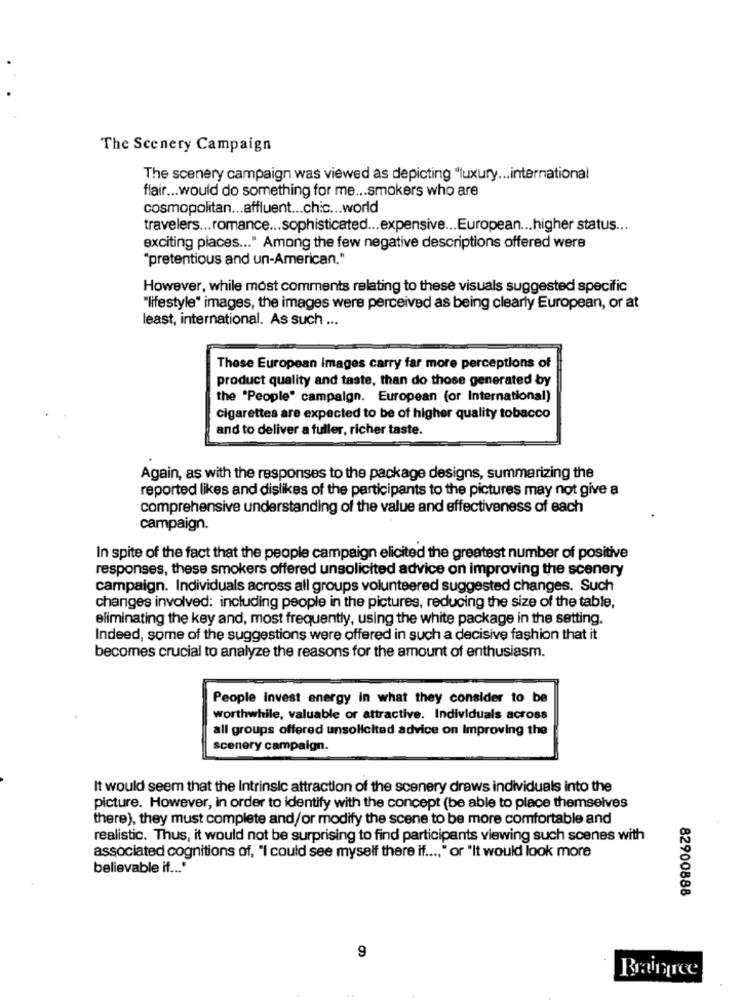
The Scenery Campaign
The scenery campaign was viewed as depicting "luxury ... international
flair ... would do something for me ... smokers who are
cosmopolitan ... affluent ... chic ... world
travelers ... romance ... sophisticated ... expensive ... European ... higher status ...
exciting places ... " Among the few negative descriptions offered were
"pretentious and un-American."
However, while most comments relating to these visuals suggested specific
"lifestyle" images, the images were perceived as being clearly European, or at
least, international. As such ...
These European Images carry far more perceptions of
product quality and taste, than do those generated by
the "People" campaign. European (or International)
cigarettes are expected to be of higher quality tobacco
and to deliver a fuller, richer taste.
Again, as with the responses to the package designs, summarizing the
reported likes and dislikes of the participants to the pictures may not give a
comprehensive understanding of the value and effectiveness of each
campaign.
In spite of the fact that the people campaign elicited the greatest number of positive
responses, these smokers offered unsolicited advice on improving the scenery
campaign. Individuals across all groups volunteered suggested changes. Such
changes involved: including people in the pictures, reducing the size of the table,
eliminating the key and, most frequently, using the white package in the setting.
Indeed, some of the suggestions were offered in such a decisive fashion that it
becomes crucial to analyze the reasons for the amount of enthusiasm.
People Invest energy in what they consider to be
worthwhile, valuable or attractive. Individuals across
all groups offered unsolicited advice on Improving the
scenery campaign.
It would seem that the Intrinsic attraction of the scenery draws individuals into the
picture. However, in order to identify with the concept (be able to place themselves
there), they must complete and/or modify the scene to be more comfortable and
realistic. Thus, it would not be surprising to find participants viewing such scenes with
associated cognitions of, "I could see myself there if ..., " or "It would look more
believable if ... "
82900888
9
Brainfree